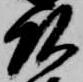
頭